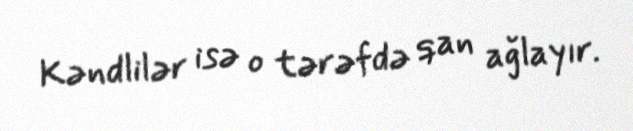
Kəndlilər isə o tərəfdə qan ağlayır.